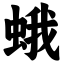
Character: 蛾